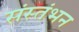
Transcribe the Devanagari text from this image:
संस्तंभन